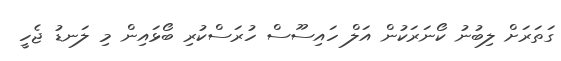
ގަތަރަށް ލިބުނު ކޯނަރަކުން އަލް ހައިސޫސް ހުރަސްކުރި ބޯޅައިން މި ލަނޑު ޖެހީ